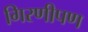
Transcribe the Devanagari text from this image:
गिरणीपण